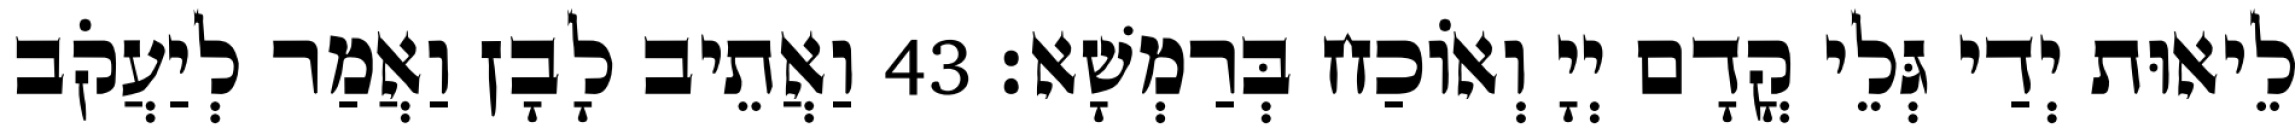
לֵיאוּת יְדַי גְּלֵי קֳדָם יְיָ וְאוֹכַח בְּרַמְשָׁא׃ 43 וַאֲתֵיב לָבָן וַאֲמַר לְיַעֲקֹב